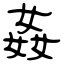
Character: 姦